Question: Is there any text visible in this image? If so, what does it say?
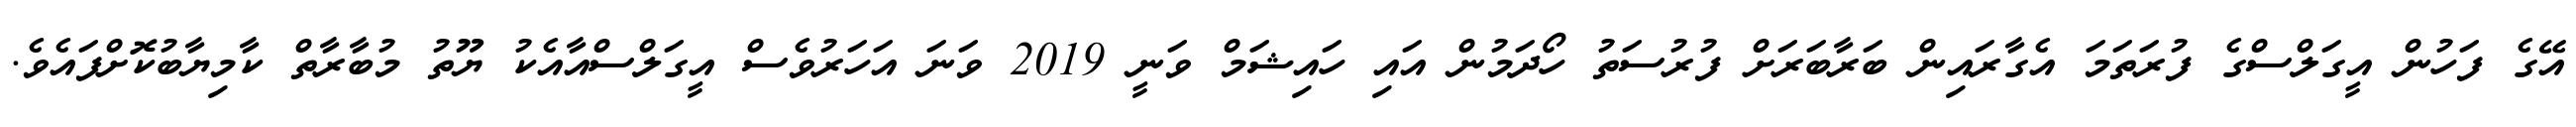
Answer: އޭގެ ފަހުން އީގަލްސްގެ ފުރަތަމަ އެގާރައިން ބަރާބަރަށް ފުރުސަތު ހޯދަމުން އައި ހައިޝަމް ވަނީ 2019 ވަނަ އަހަރުވެސް އީގަލްސްއާއެކު ޔޫތު މުބާރާތް ކާމިޔާބުކޮށްފައެވެ.